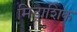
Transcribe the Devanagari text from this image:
मिड्राशिक